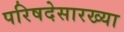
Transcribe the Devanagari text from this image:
परिषदेसारख्या